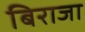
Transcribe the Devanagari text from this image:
बिराजा